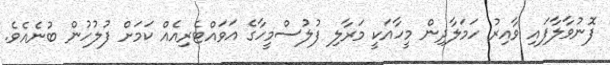
ފޮނުވާލާފައި ވާއިރު ހަމަލާދިން މީހާއަކީ މަރާލި ފުލުސްމީހާގެ އަވައްޓެރިއެއް ކަމަށް ފުލުހުން ބުނެއެވެ.